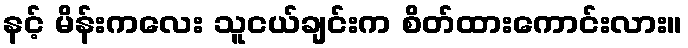
နင့် မိန်းကလေး သူငယ်ချင်းက စိတ်ထားကောင်းလား။